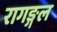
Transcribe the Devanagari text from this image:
रागङ्गल